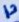
Text: 13